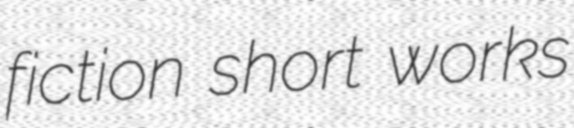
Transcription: fiction short works